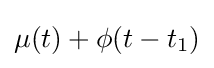
{\textstyle \mu (t)+\phi (t-t_{1})}